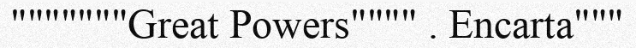
"""""""Great Powers"""" . Encarta"""